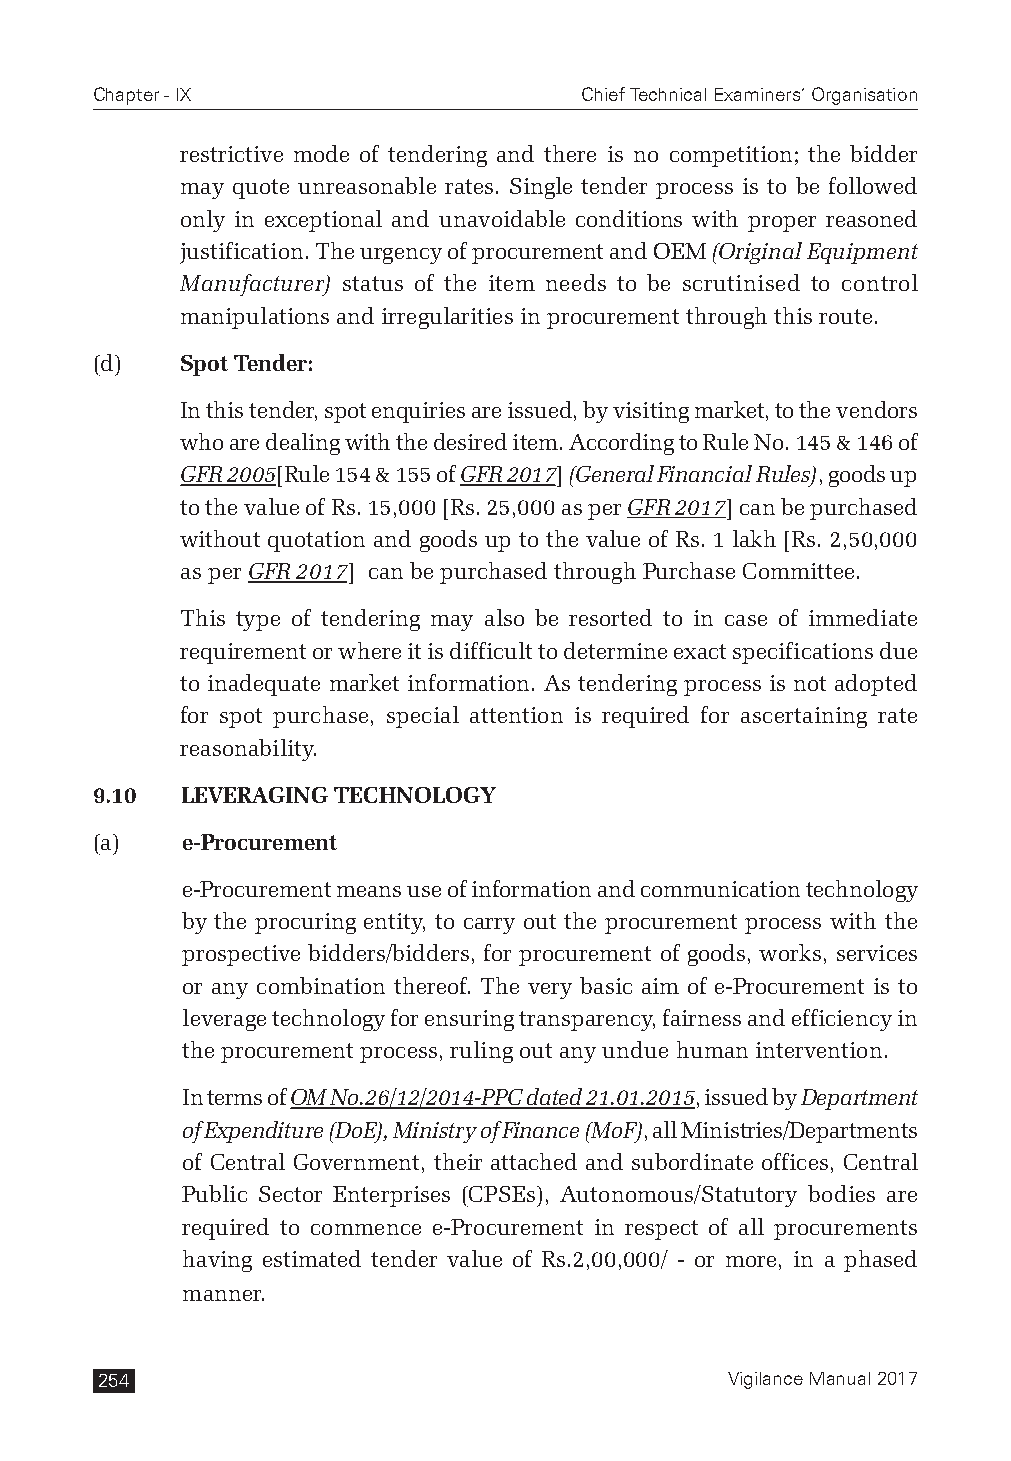
Chapter - IX                    Chief Technical Examiners’ Organisation
 restrictive mode of tendering and there is no competition; the bidder
 may quote unreasonable rates. Single tender process is to be followed
 only in exceptional and unavoidable conditions with proper reasoned
 justification. The urgency of procurement and OEM (Original Equipment
 Manufacturer) status of the item needs to be scrutinised to control
 manipulations and irregularities in procurement through this route.
 (d)   Spot Tender:
 In this tender, spot enquiries are issued, by visiting market, to the vendors
 who are dealing with the desired item. According to Rule No. 145 & 146 of
 GFR 2005[Rule 154 & 155 of GFR 2017] (General Financial Rules), goods up
 to the value of Rs. 15,000 [Rs. 25,000 as per GFR 2017] can be purchased
 without quotation and goods up to the value of Rs. 1 lakh [Rs. 2,50,000
 as per GFR 2017] can be purchased through Purchase Committee.
 This type of tendering may also be resorted to in case of immediate
 requirement or where it is difficult to determine exact specifications due
 to inadequate market information. As tendering process is not adopted
 for spot purchase, special attention is required for ascertaining rate
 reasonability.
 9.10  LEVERAGING TECHNOLOGY
 (a)   e-Procurement
 e-Procurement means use of information and communication technology
 by the procuring entity, to carry out the procurement process with the
 prospective bidders/bidders, for procurement of goods, works, services
 or any combination thereof. The very basic aim of e-Procurement is to
 leverage technology for ensuring transparency, fairness and efficiency in
 the procurement process, ruling out any undue human intervention.
 In terms of OM No.26/12/2014-PPC dated 21.01.2015, issued by Department
 of Expenditure (DoE), Ministry of Finance (MoF), all Ministries/Departments
 of Central Government, their attached and subordinate offices, Central
 Public Sector Enterprises (CPSEs), Autonomous/Statutory bodies are
 required to commence e-Procurement in respect of all procurements
 having estimated tender value of Rs.2,00,000/ - or more, in a phased
 manner.
 254                                       Vigilance Manual 2017